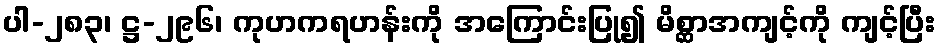
ပါ-၂၈၃၊ ဋ္ဌ-၂၉၆၊ ကုဟကရဟန်းကို အကြောင်းပြု၍ မိစ္ဆာအကျင့်ကို ကျင့်ပြီး